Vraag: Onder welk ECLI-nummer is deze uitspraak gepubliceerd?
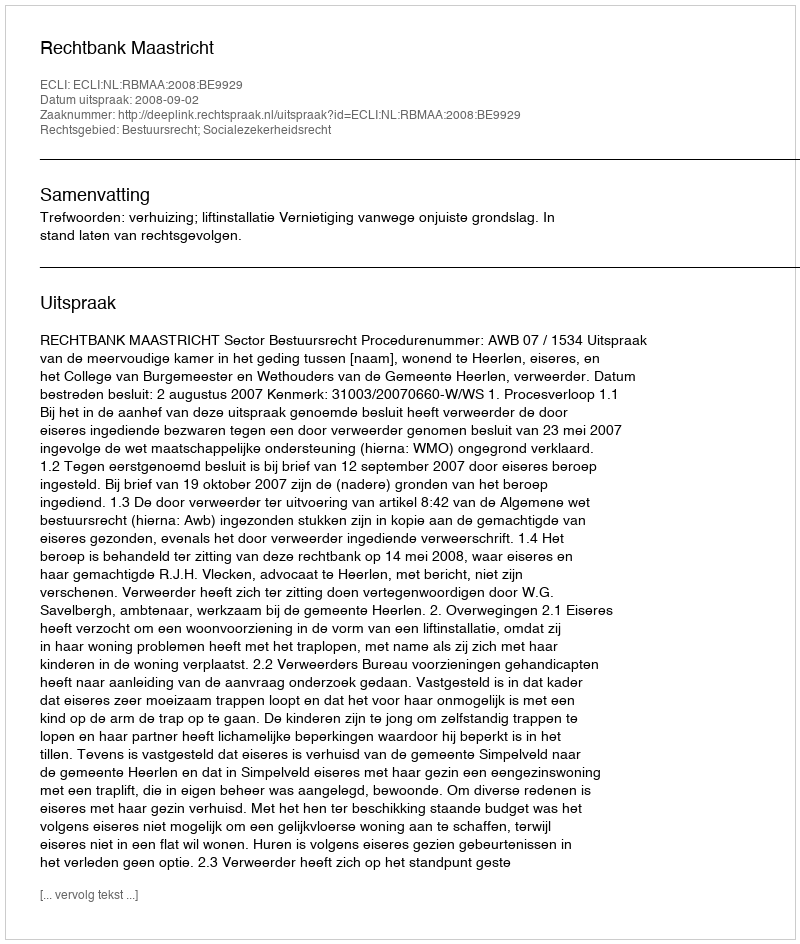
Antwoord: ECLI:NL:RBMAA:2008:BE9929